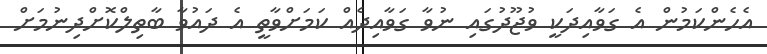
އެހެންކަމުން އެ ގަވާއިދަކީ ވުޖޫދުގައި ނުވާ ގަވާއިދެއް ކަމަށްވާތީ އެ ދައުވާ ބާތިލްކޮށްދިނުމަށް